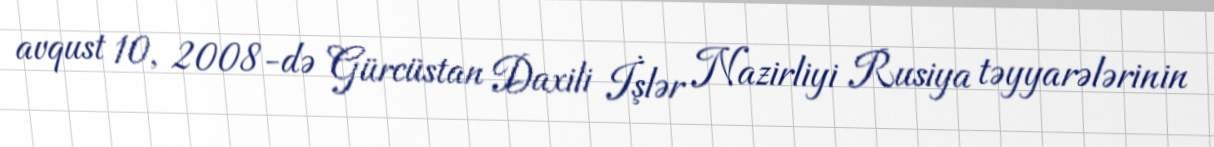
avqust 10, 2008-də Gürcüstan Daxili İşlər Nazirliyi Rusiya təyyarələrinin